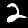
Digit: 2